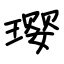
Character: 璎